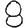
Digit: 8